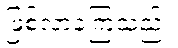
ဖြစ်လာခဲ့ကြသည်။